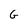
Character: G